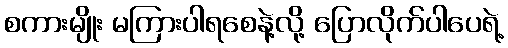
စကားမျိုး မကြားပါရစေနဲ့လို့ ပြောလိုက်ပါပေရဲ့